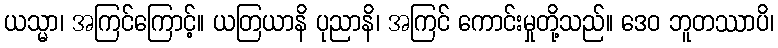
ယသ္မာ၊ အကြင်ကြောင့်။ ယတြယာနိ ပုညာနိ၊ အကြင် ကောင်းမှုတို့သည်။ ဒေဝ ဘူတဿာပိ၊